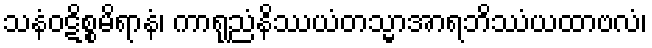
သနံဝဋိစ္စမိရာနံ၊ ကာရုညံနိဿယံတသ္မာအာရဘိဿံယထာဗလံ၊